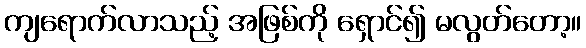
ကျရောက်လာသည့် အဖြစ်ကို ရှောင်၍ မလွတ်တော့။